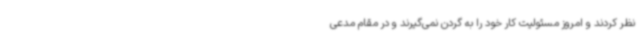
نظر کردند و امروز مسئولیت کار خود را به گردن نمی‌گیرند و در مقام مدعی